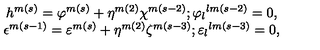
\begin{array} { c } { h ^ { m ( s ) } = \varphi ^ { m ( s ) } + \eta ^ { m ( 2 ) } \chi ^ { m ( s - 2 ) } ; { \varphi _ { l } } ^ { l m ( s - 2 ) } = 0 , } \\ { \epsilon ^ { m ( s - 1 ) } = \varepsilon ^ { m ( s ) } + \eta ^ { m ( 2 ) } \zeta ^ { m ( s - 3 ) } ; { \varepsilon _ { l } } ^ { l m ( s - 3 ) } = 0 , } \\ \end{array}